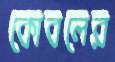
কোবলের